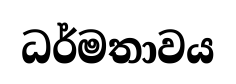
ධර්මතාවය